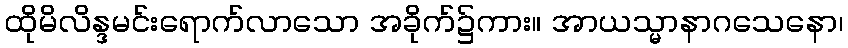
ထိုမိလိန္ဒမင်းရောက်လာသော အခိုက်၌ကား။ အာယသ္မာနာဂသေနော၊